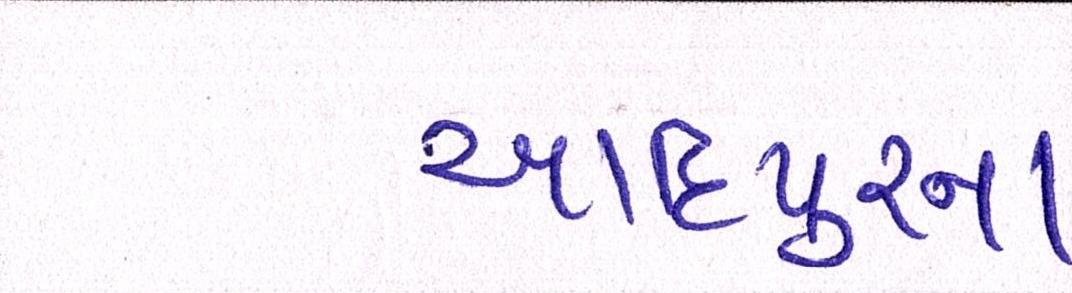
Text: આદિપુરના